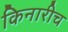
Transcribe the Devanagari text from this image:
किनारीच